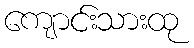
ကျောင်းသားထု